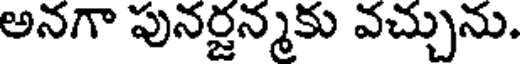
అనగా పునర్జన్మకు వచ్చును.